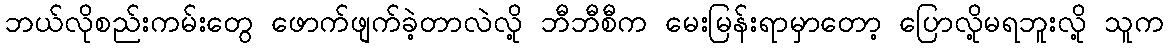
ဘယ်လိုစည်းကမ်းတွေ ဖောက်ဖျက်ခဲ့တာလဲလို့ ဘီဘီစီက မေးမြန်းရာမှာတော့ ပြောလို့မရဘူးလို့ သူက